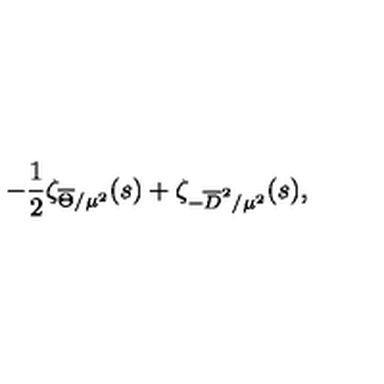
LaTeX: - { \frac { 1 } { 2 } } \zeta _ { \overline { { \Theta } } / \mu ^ { 2 } } ( s ) + \zeta _ { - \overline { { D } } ^ { 2 } / \mu ^ { 2 } } ( s ) ,